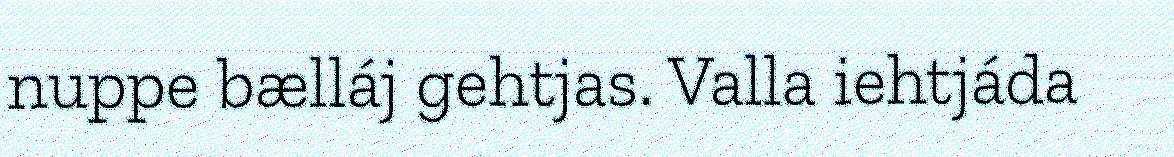
nuppe bælláj gehtjas. Valla iehtjáda